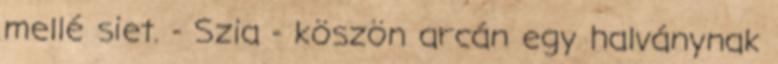
mellé siet. - Szia - köszön arcán egy halványnak